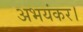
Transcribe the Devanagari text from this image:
अभयंकर।